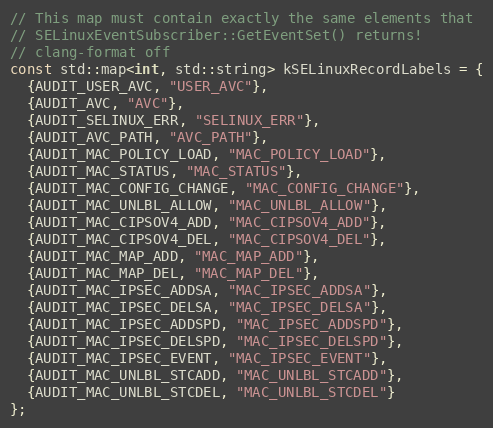
Language: C
// This map must contain exactly the same elements that
// SELinuxEventSubscriber::GetEventSet() returns!
// clang-format off
const std::map<int, std::string> kSELinuxRecordLabels = {
  {AUDIT_USER_AVC, "USER_AVC"},
  {AUDIT_AVC, "AVC"},
  {AUDIT_SELINUX_ERR, "SELINUX_ERR"},
  {AUDIT_AVC_PATH, "AVC_PATH"},
  {AUDIT_MAC_POLICY_LOAD, "MAC_POLICY_LOAD"},
  {AUDIT_MAC_STATUS, "MAC_STATUS"},
  {AUDIT_MAC_CONFIG_CHANGE, "MAC_CONFIG_CHANGE"},
  {AUDIT_MAC_UNLBL_ALLOW, "MAC_UNLBL_ALLOW"},
  {AUDIT_MAC_CIPSOV4_ADD, "MAC_CIPSOV4_ADD"},
  {AUDIT_MAC_CIPSOV4_DEL, "MAC_CIPSOV4_DEL"},
  {AUDIT_MAC_MAP_ADD, "MAC_MAP_ADD"},
  {AUDIT_MAC_MAP_DEL, "MAC_MAP_DEL"},
  {AUDIT_MAC_IPSEC_ADDSA, "MAC_IPSEC_ADDSA"},
  {AUDIT_MAC_IPSEC_DELSA, "MAC_IPSEC_DELSA"},
  {AUDIT_MAC_IPSEC_ADDSPD, "MAC_IPSEC_ADDSPD"},
  {AUDIT_MAC_IPSEC_DELSPD, "MAC_IPSEC_DELSPD"},
  {AUDIT_MAC_IPSEC_EVENT, "MAC_IPSEC_EVENT"},
  {AUDIT_MAC_UNLBL_STCADD, "MAC_UNLBL_STCADD"},
  {AUDIT_MAC_UNLBL_STCDEL, "MAC_UNLBL_STCDEL"}
};